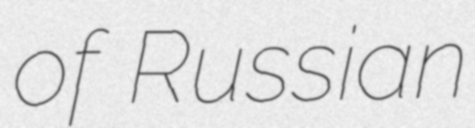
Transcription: of Russian